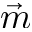
\vec { m }